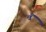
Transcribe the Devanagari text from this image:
बैं